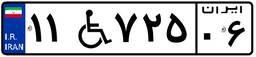
۱۱W۷۲۵۰۶